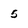
Character: 5